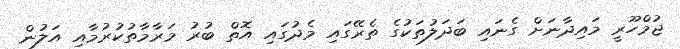
ޖުމްހޫރީ މައިދާނަށް ގެނައި ބަދަލުތަކުގެ ތެރޭގައި މެދުގައި އޮތް ބުރު މަރާމާތުކުރުމާއި އަލުން